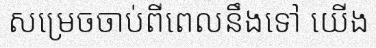
សម្រេចចាប់ពីពេលនឹងទៅ យើង